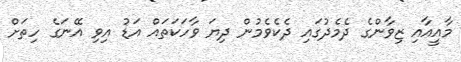
މާއީއާއި ޒިވާންގެ ދެމެދުގައި ދެކެވެމުން ދިޔަ ވާހަކަތައް އަޑު އިވި އޭނަގެ ހިތަށް